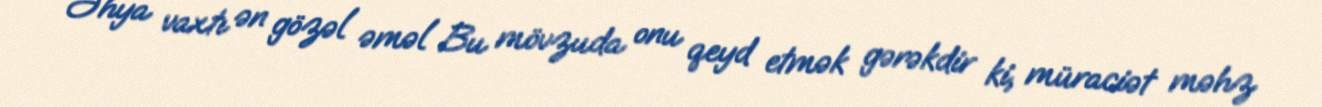
Əhya vaxtı ən gözəl əməl Bu mövzuda onu qeyd etmək gərəkdir ki, müraciət məhz